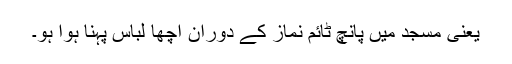
یعنی مسجد میں پانچ ٹائم نماز کے دوران اچھا لباس پہنا ہوا ہو۔